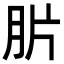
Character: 䏒